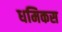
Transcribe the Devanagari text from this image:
धमिकस